Vaccine operations Central Provinces & Berar 1912-1920 - 1912-1920
Year: 1912
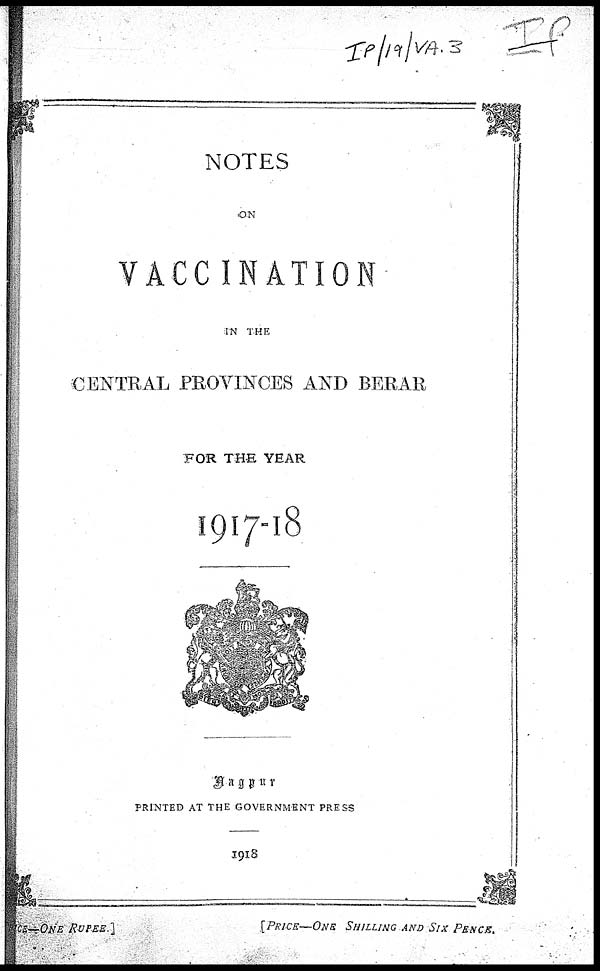
NOTES
ON
VACCINATION
IN THE
CENTRAL PROVINCES AND BERAR
FOR THE YEAR
1917-18
Nagpur
PRINTED AT THE GOVERNMENT PRESS
1918
PRICE—ONE RUPEE.]
[PRICE—ONE SHILLING AND SIX PENCE.